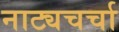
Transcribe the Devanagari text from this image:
नाट्यचर्चा